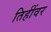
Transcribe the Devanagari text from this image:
तिहींवर